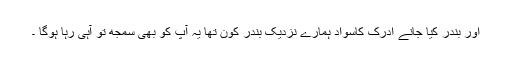
اور بندر کیا جانے ادرک کاسواد ہمارے نزدیک بندر کون تھا یہ آپ کو بھی سمجھ تو آہی رہا ہوگا ۔